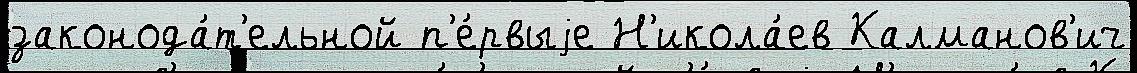
законода́т'ельной п'е́рвыjе Н'икола́ев Калманов'ич